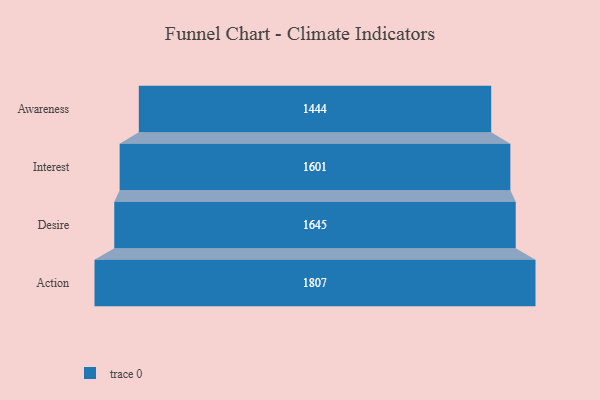
{"axis": {"x": "Stage", "y": "Value"}, "legend": [""], "data": [{"x": "Awareness", "y": 1444.0, "type": ""}, {"x": "Interest", "y": 1601.0, "type": ""}, {"x": "Desire", "y": 1645.0, "type": ""}, {"x": "Action", "y": 1807.0, "type": ""}]}